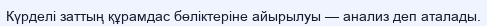
Күрделі заттың құрамдас бөліктеріне айырылуы — анализ деп аталады.